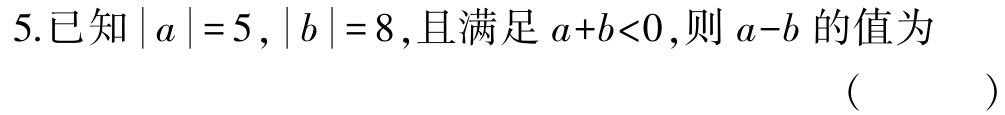
5.已知\(\vert a\vert = 5,\vert b\vert = 8\),且满足\(a + b<0\),则\(a - b\)的值为 （  ）